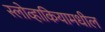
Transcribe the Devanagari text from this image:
स्लोव्हाकियामधील